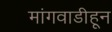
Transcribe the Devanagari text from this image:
मांगवाडीहून